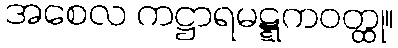
အစေလ ကဋ္ဌာရမဋ္ဋကဝတ္ထု။